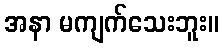
အနာ မကျက်သေးဘူး။